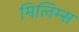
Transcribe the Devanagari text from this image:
मिलिम्स